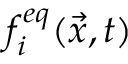
f _ { i } ^ { e q } ( \vec { x } , t )